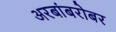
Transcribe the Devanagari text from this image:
अरबांबरोबर